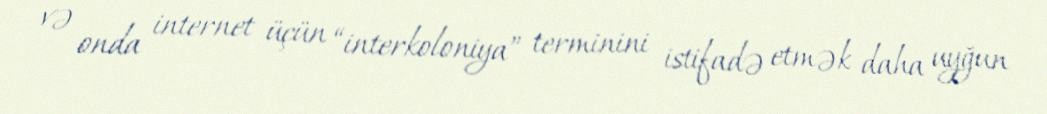
və onda internet üçün “interkoloniya” terminini istifadə etmək daha uyğun